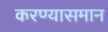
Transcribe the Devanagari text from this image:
करण्यासमान